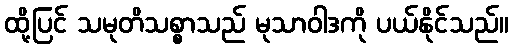
ထို့ပြင် သမုတိသစ္စာသည် မုသာဝါဒကို ပယ်နိုင်သည်။